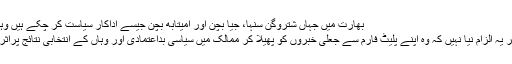
بھارت میں جہاں شتروگن سنہا، جیا بچن اور امیتابھ بچن جیسے اداکار سیاست کر چکے ہیں وہیں کئی اور بھی …
برطانیہ: فیس بک پر یہ الزام نیا نہیں کہ وہ اپنے پلیٹ فارم سے جعلی خبروں کو پھیلا کر ممالک میں سیاسی بداعتمادی اور وہاں کے انتخابی نتائج پراثرات مرتب کرتا ہے۔